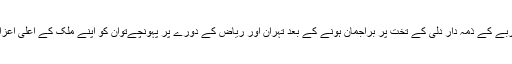
اور ایران و سعودی عرب وہ ملک ہیں کہ جب گجرات تجربے کے ذمہ دار دلی کے تخت پر براجمان ہونے کے بعد تہران اور ریاض کے دورے پر پہونچےتوان کو اپنے ملک کے اعلیٰ اعزازات سے نوازنے میں بھی کوئی شرم نہیں محسوس کی !